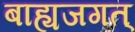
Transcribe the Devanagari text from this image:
बाह्यजगत्